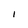
Character: I